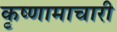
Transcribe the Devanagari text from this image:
कृष्णामाचारी